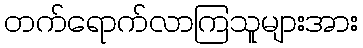
တက်ရောက်လာကြသူများအား